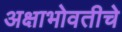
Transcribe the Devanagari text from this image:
अक्षाभोवतीचे